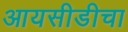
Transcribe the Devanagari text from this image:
आयसीडीचा